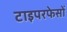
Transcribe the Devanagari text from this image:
टाइपरफेसों